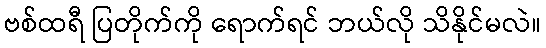
ဗစ်ထရီ ပြတိုက်ကို ရောက်ရင် ဘယ်လို သိနိုင်မလဲ။